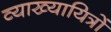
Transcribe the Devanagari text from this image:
व्याख्यायित्रों